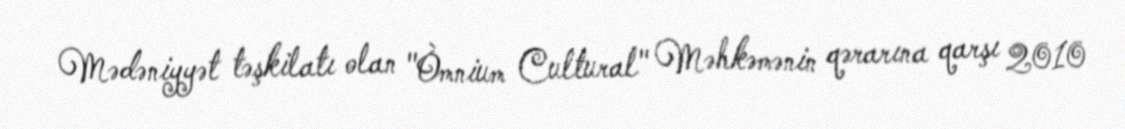
Mədəniyyət təşkilatı olan "Òmnium Cultural" Məhkəmənin qərarına qarşı 2010